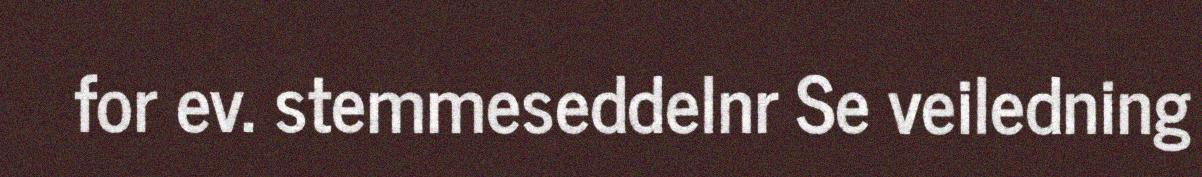
for ev. stemmeseddelnr Se veiledning